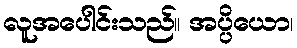
လူအပေါင်းသည်။ အပ္ပိယော၊